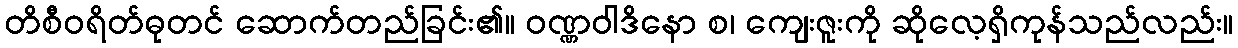
တိစီဝရိတ်ဓုတင် ဆောက်တည်ခြင်း၏။ ဝဏ္ဏဝါဒိနော စ၊ ကျေးဇူးကို ဆိုလေ့ရှိကုန်သည်လည်း။